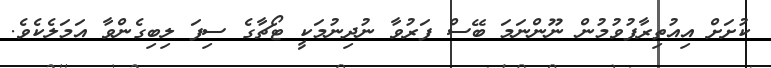
ކުށަށް އިއުތިރާފުވުމުން ނޫންނަމަ ބޭސް ފަރުވާ ނުދިނުމަކީ ޓޯޗާގެ ސިފަ ލިބިގެންވާ އަމަލެކެވެ.